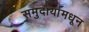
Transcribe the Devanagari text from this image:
समुदायांमधून